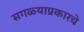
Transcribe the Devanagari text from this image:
सगळ्याप्रकारचे